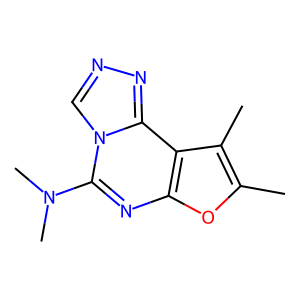
SMILES: Cc1oc2nc(N(C)C)n3cnnc3c2c1C
Inhibits HIV replication: No